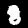
Digit: 8